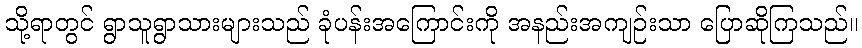
သို့ရာတွင် ရွာသူရွာသားများသည် ခုံပန်းအကြောင်းကို အနည်းအကျဉ်းသာ ပြောဆိုကြသည်။